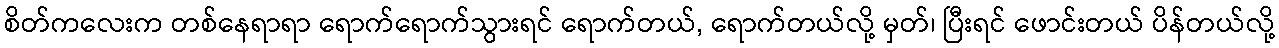
စိတ်ကလေးက တစ်နေရာရာ ရောက်ရောက်သွားရင် ရောက်တယ်, ရောက်တယ်လို့ မှတ်၊ ပြီးရင် ဖောင်းတယ် ပိန်တယ်လို့